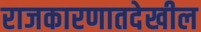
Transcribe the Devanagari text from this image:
राजकारणातदेखील